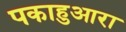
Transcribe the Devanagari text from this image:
पकाहुआरा